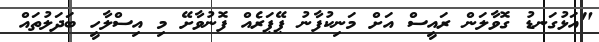
"އަޅުގަނޑު ގޮވާލަން ރައީސް އަށް މަނިކުފާނު ޕޭޕަރެއް ފޮނުވާށޭ މި އިސްލާހީ ބަދަލުތައް